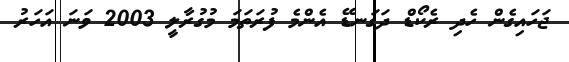
ޖަހައިގެން ހެދި ރެކޯޑް ދަގަނޑޭ އެންމެ ފުރަތަމަ މުގުރާލީ 2003 ވަނަ އަހަރު